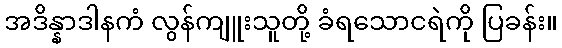
အဒိန္နာဒါနကံ လွန်ကျူးသူတို့ ခံရသောငရဲကို ပြခန်း။